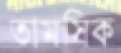
তামসিক